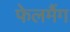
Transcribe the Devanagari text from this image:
फेलमैंग